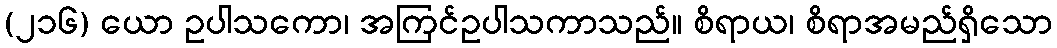
(၂၁၆) ယော ဥပါသကော၊ အကြင်ဥပါသကာသည်။ စိရာယ၊ စိရာအမည်ရှိသော